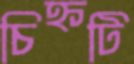
চিহ্নটি